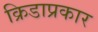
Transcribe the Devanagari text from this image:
क्रिडाप्रकार